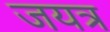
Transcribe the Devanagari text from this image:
जयत्र